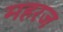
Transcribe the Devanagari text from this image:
महरज